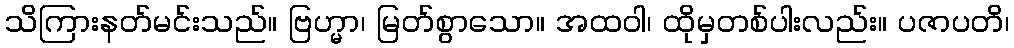
သိကြားနတ်မင်းသည်။ ဗြဟ္မာ၊ မြတ်စွာသော။ အထဝါ၊ ထိုမှတစ်ပါးလည်း။ ပဇာပတိ၊